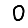
Digit: 0